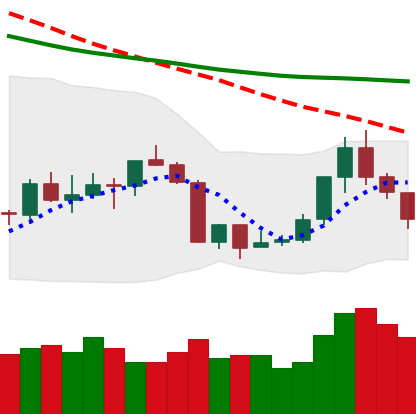
Ticker: ETH-USD
Chart end date: 2018-07-20
Forward return: 4.836%
Label: up_3_5